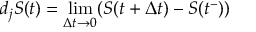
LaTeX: d _ { j } S ( t ) = \operatorname* { l i m } _ { \Delta t \to 0 } ( S ( t + \Delta t ) - S ( t ^ { - } ) )